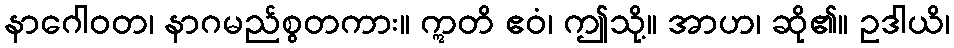
နာဂေါဝတ၊ နာဂမည်စွတကား။ ဣတိ ဧဝံ၊ ဤသို့။ အာဟ၊ ဆို၏။ ဥဒါယိ၊